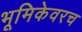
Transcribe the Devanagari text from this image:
भूमिकेवरच